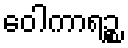
ဝေါကာရဉ္စ